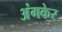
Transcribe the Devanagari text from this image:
अंगकेर